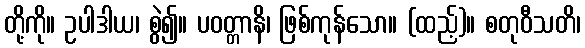
တို့ကို။ ဥပါဒါယ၊ စွဲ၍။ ပဝတ္တာနိ၊ ဖြစ်ကုန်သော။ (ထည့်)။ စတုဝီသတိ၊